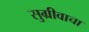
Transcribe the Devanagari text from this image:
सुग्रीवाचा